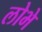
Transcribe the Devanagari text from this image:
लोभे